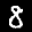
Label: 8